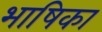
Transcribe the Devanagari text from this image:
भाषिका